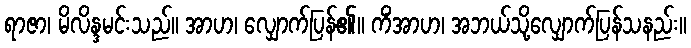
ရာဇာ၊ မိလိန္ဒမင်းသည်။ အာဟ၊ လျှောက်ပြန်၏။ ကိံအာဟ၊ အဘယ်သို့လျှောက်ပြန်သနည်း။